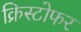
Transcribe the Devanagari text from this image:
क्रिस्‍टोफर